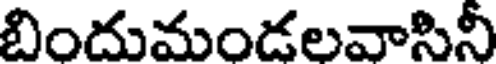
బిందుమండలవాసినీ